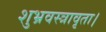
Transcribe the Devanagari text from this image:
शुभ्रवस्त्रावृता।